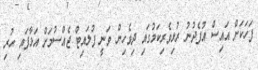
ފަހަކަށް އައިސް އުފެދުނު ރުޅިވެރިކަމުގައި ދިވެހިން ވަނީ ފުލައިޓް ޖެއްސުމަށް އަޅާފައި ހުރި